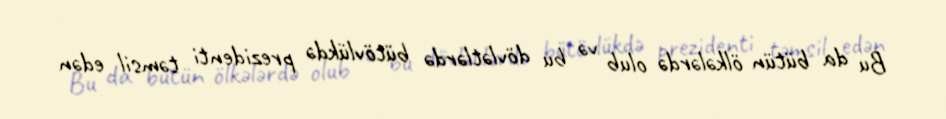
Bu da bütün ölkələrdə olub və bu dövlətlərdə bütövlükdə prezidenti təmsil edən